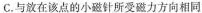
C.与放在该点的小磁针所受磁力方向相同